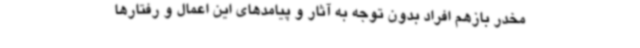
مخدر بازهم افراد بدون توجه به آثار و پیامدهای این اعمال و رفتارها